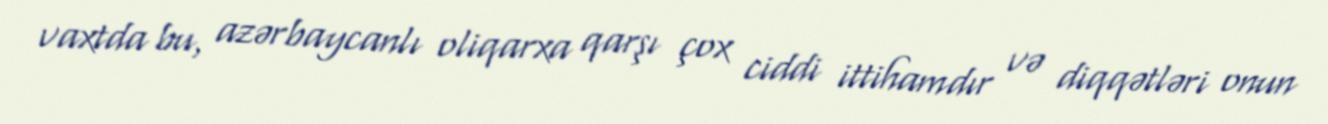
vaxtda bu, azərbaycanlı oliqarxa qarşı çox ciddi ittihamdır və diqqətləri onun